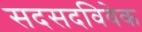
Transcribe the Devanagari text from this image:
सदसदविवेक